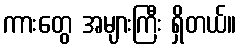
ကားတွေ အများကြီး ရှိတယ်။